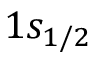
1 s _ { 1 / 2 }